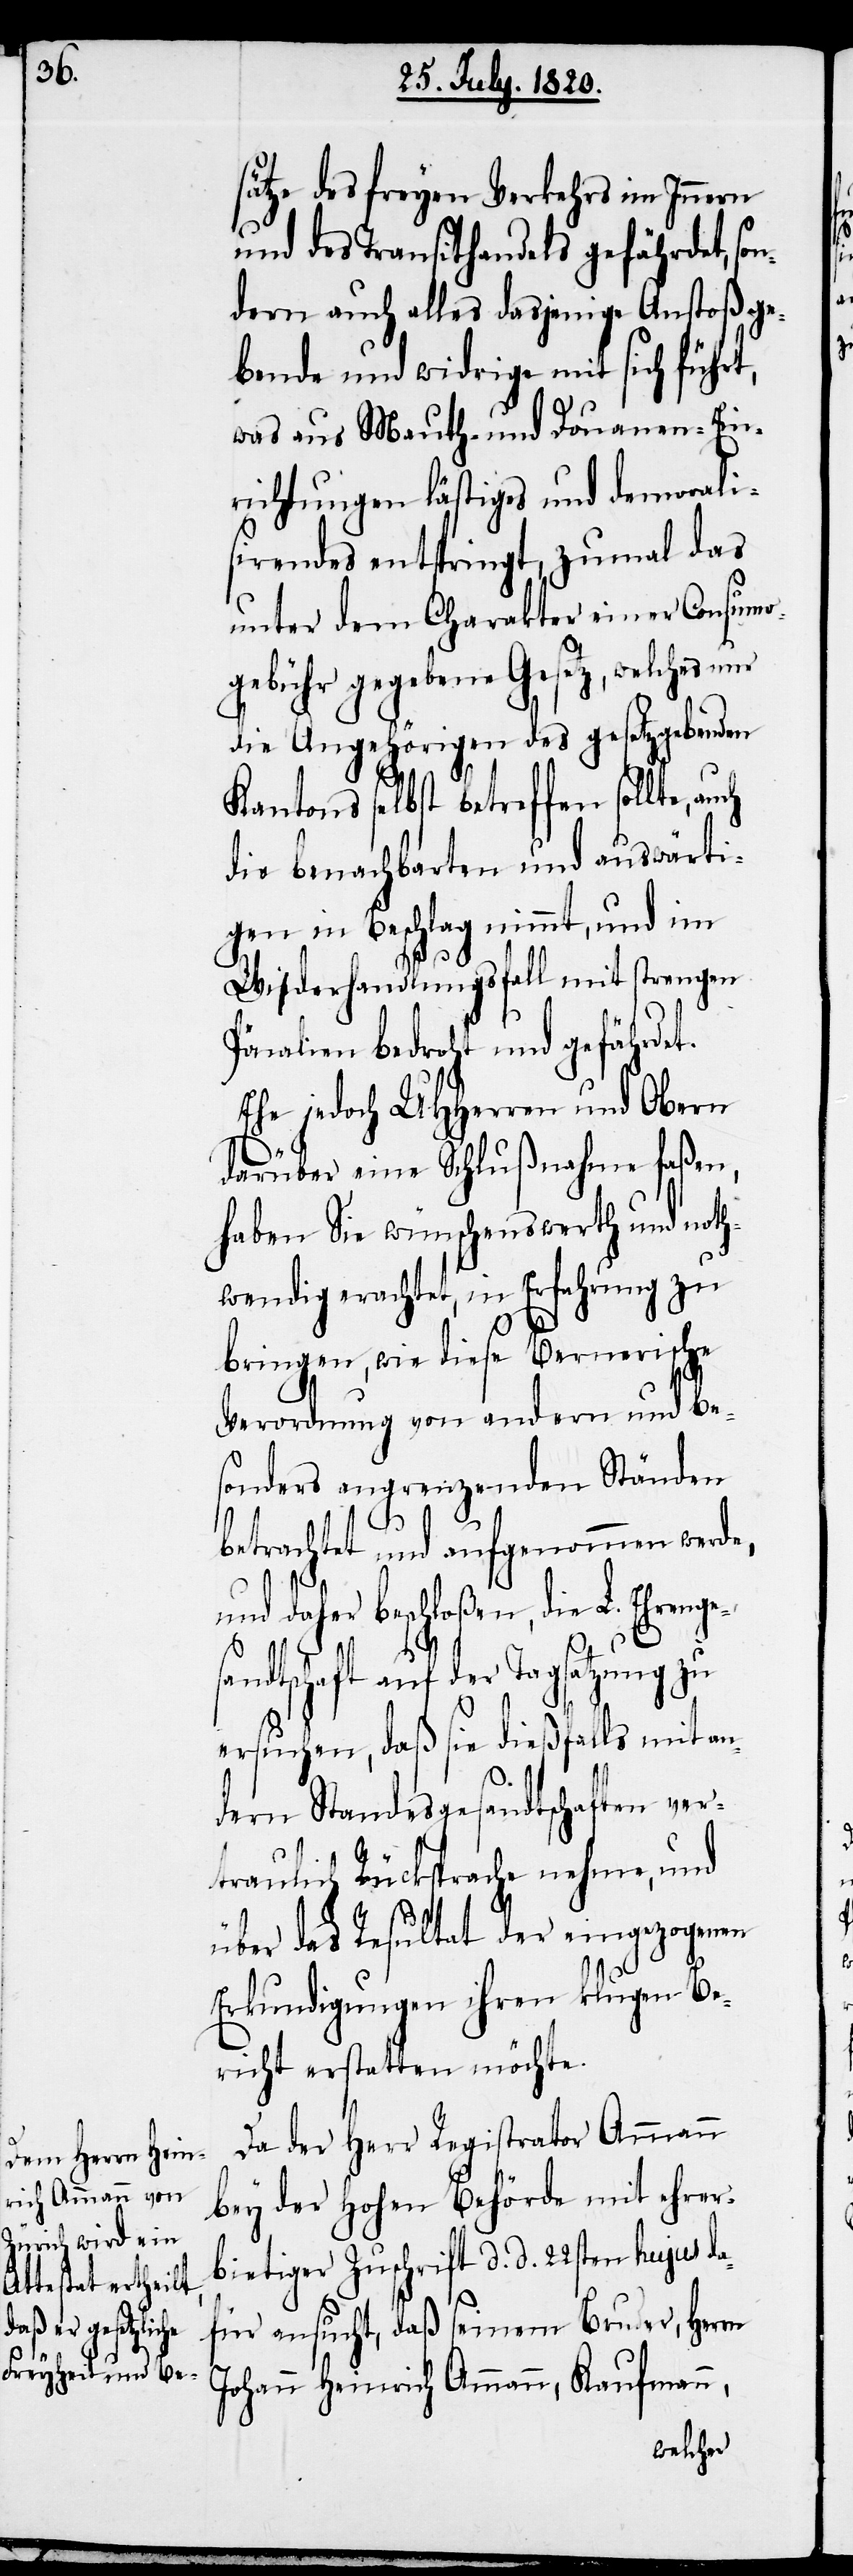
renges¬

sätze des freyen Verkehrs im Innern
und des Transithandels gefährdet, son¬
dern auch alles dasjenige Anstoß ge¬
bende und widrige mit sich führt,
was aus Mauth- und Douanen-Ein¬
richtungen lästiges und demorali¬
sirendes einspringt, zumal das
unter dem Charakter einer Consumo¬
gebühr gegebene Gesetz, welches um
die Angehörigen des gesetzgebenden
Kantons selbst betreffen sollte,
die benachbarten und auswärti¬
gen in Beschlag nimmt, und im
Widerhandlungsfall mit strengen
Pönalien bedroht und gefährdet.
Ehe jedoch UHHerren und Obern
darüber eine Schlußnahme faßen,
haben sie wünschenswerth und noth¬
wendig erachtet, in Erfahrung zu
bringen, wie diese Bernerische
Verordnung von andern und be¬
sonders angrenzenden Ständen
betrachtet und aufgenommen werde,
daher beschloßen, die L. Eh¬
andtschaft auf der Tagsatzung zu
ersuchen, daß sie dießfalls mit an¬
dern Standesgesandtschaften ver¬
traulich Rücksprache nehme, und
über das Resultat der eingezogenen
Erkundigungen ihren klugen Be¬
richt erstatten möchte.
Da der Herr Registrator Ammann
bey der hohen Behörde mit ehrer¬
bietiger Zuschrift d. d. 22sten hujus da¬
für ansucht, daß seinem Bruder, Herrn
Johann Heinrich Ammann, Kaufmann,